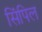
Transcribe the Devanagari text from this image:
सिंपिल